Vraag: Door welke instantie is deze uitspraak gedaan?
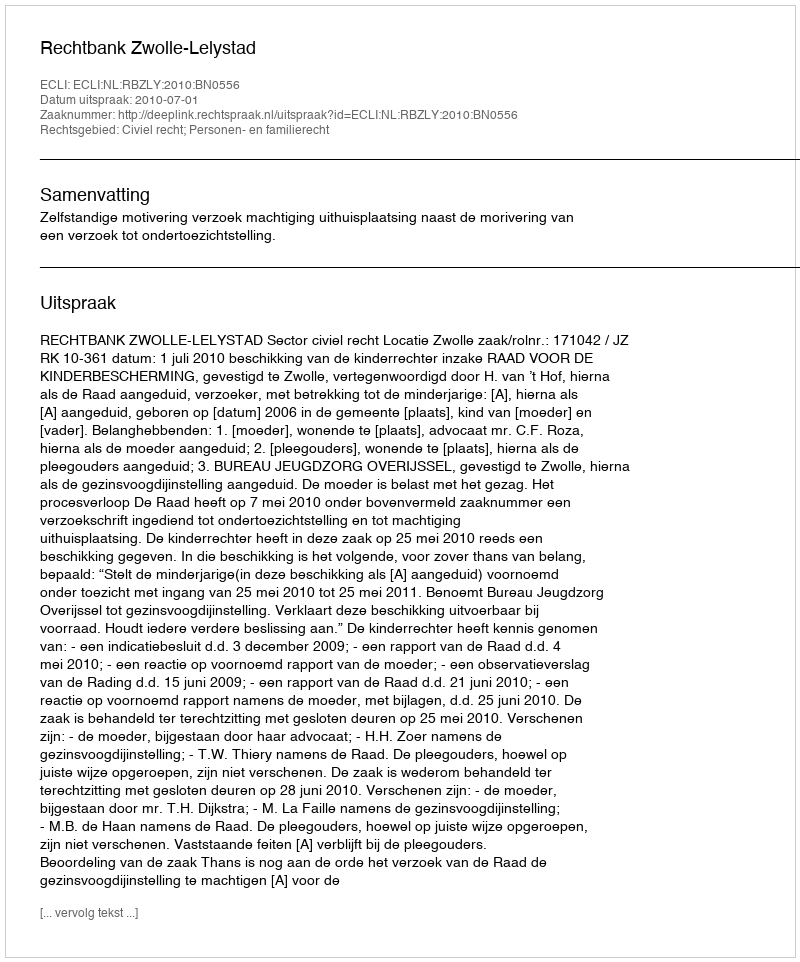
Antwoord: Rechtbank Zwolle-Lelystad